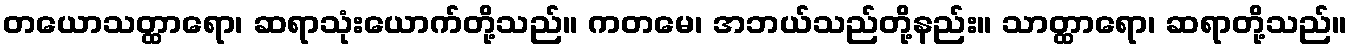
တယောသတ္ထာရော၊ ဆရာသုံးယောက်တို့သည်။ ကတမေ၊ အဘယ်သည်တို့နည်း။ သာတ္ထာရော၊ ဆရာတို့သည်။